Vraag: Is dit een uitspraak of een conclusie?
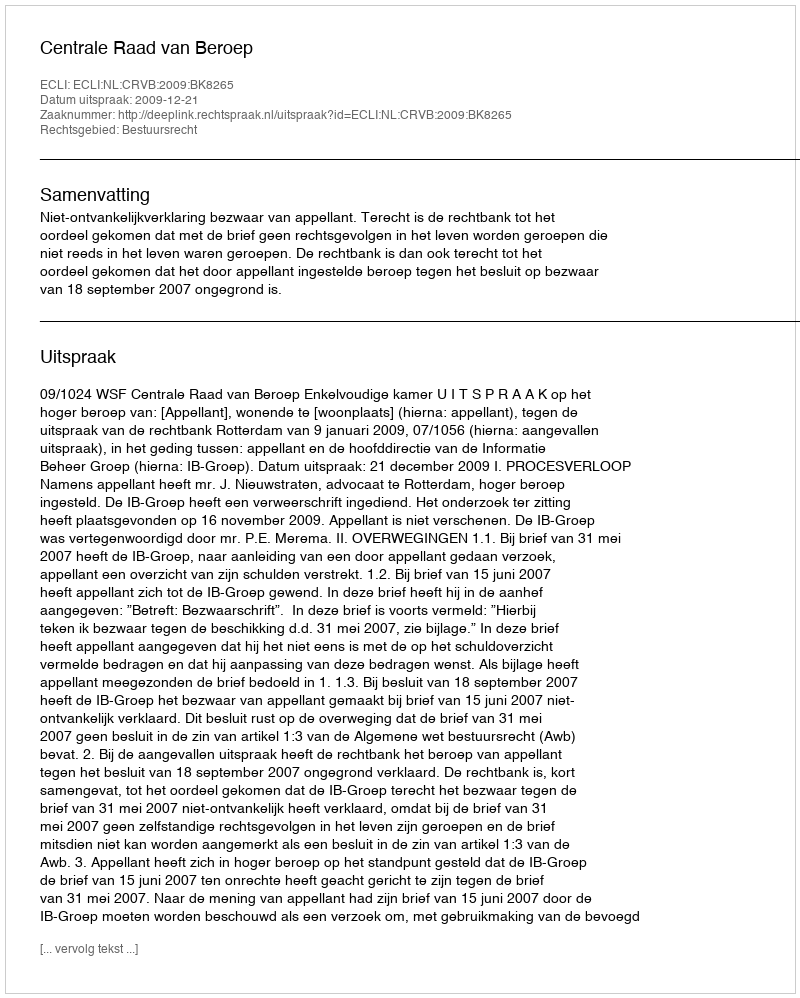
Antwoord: Uitspraak